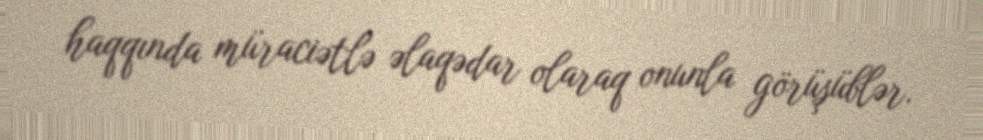
haqqında müraciətlə əlaqədar olaraq onunla görüşüblər.